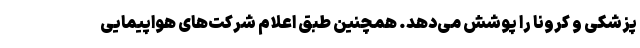
پزشکی و کرونا را پوشش می‌دهد. همچنین طبق اعلام شرکت‌های هواپیمایی